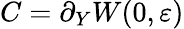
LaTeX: C=\partial_{Y}W(0,\varepsilon)